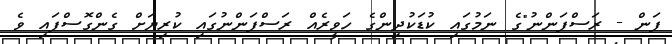
ފަން - ރަސްފަންނު"ގެ ނަމުގައި ކުޑަކުދިންގެ ހަވީރެއް ރަސްފަންނުގައި ކުރިޔަށް ގެންގޮސްފައި ވެ